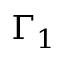
\Gamma _ { 1 }